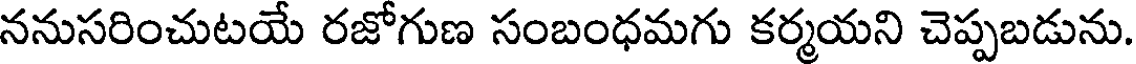
ననుసరించుటయే రజోగుణ సంబంధమగు కర్మయని చెప్పబడును